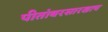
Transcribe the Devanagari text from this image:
पीतांबरसारखाच